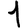
Digit: 1